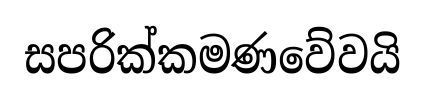
සපරික්කමණවේවයි